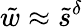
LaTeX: \tilde{w}\approx\tilde{s}^{\delta}